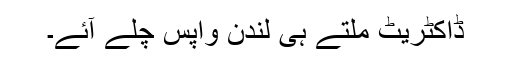
ڈاکٹریٹ ملتے ہی لندن واپس چلے آئے۔